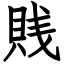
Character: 賎